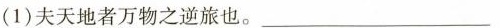
(1)夫天地者万物之逆旅也。 ___